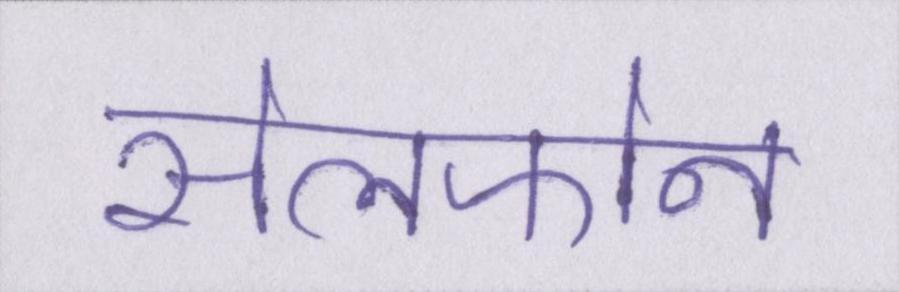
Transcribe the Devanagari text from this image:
सेलफोन